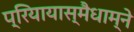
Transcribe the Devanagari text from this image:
प्रियायास्मैधाम्ने